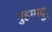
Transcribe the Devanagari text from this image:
मुहम्मदुर्